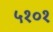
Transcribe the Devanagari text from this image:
५१०१